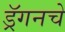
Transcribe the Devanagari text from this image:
ड्रॅगनचे